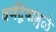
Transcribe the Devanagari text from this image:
वर्णद्वेषामुळे